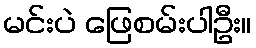
မင်းပဲ ဖြေစမ်းပါဦး။